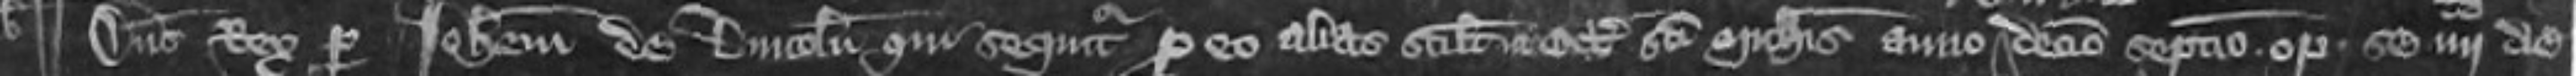
¶ Dominus Rex per Johannem de Lincoln qui sequitur pro eo alias scilicet in Octabis Sancti Michaelis anno decimo septimo optulit se quarto die versus